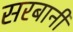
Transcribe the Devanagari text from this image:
सरबानी